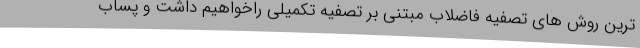
ترین روش های تصفیه فاضلاب مبتنی بر تصفیه تکمیلی راخواهیم داشت و پساب